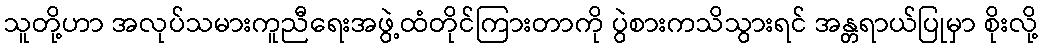
သူတို့ဟာ အလုပ်သမားကူညီရေးအဖွဲ့ထံတိုင်ကြားတာကို ပွဲစားကသိသွားရင် အန္တရာယ်ပြုမှာ စိုးလို့